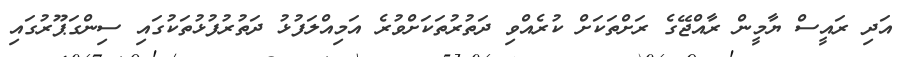
އަދި ރައީސް ޔާމީން ރާއްޖޭގެ ރަށްތަކަށް ކުރެއްވި ދަތުރުތަކަށްވުރެ އަމިއްލަފުޅު ދަތުރުފުޅުތަކުގައި ސިންގަޕޫރުގައި